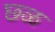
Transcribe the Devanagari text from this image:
छ्ळ